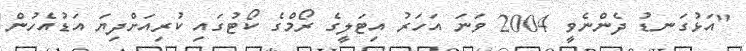
"އަޅުގަނޑު ދެންނެވީ 2004 ވަނަ އަހަރު އިޓަލީގެ ރޯމްގެ ކޯޓުގައި ކުރިއަށްދިޔަ އަޑުއެހުން